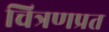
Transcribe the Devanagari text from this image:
चित्रणप्रत